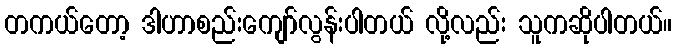
တကယ်တော့ ဒါဟာစည်းကျော်လွန်းပါတယ် လို့လည်း သူကဆိုပါတယ်။